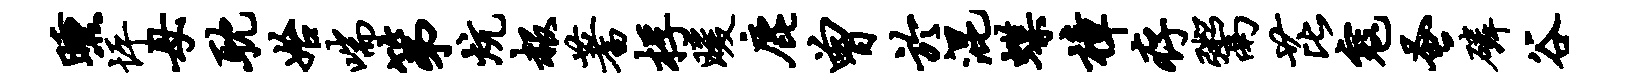
曛坪母耽始喘第炕赧蓍桴暖鹿曾於混蝶樟存鬻芘寇蚤磷谷